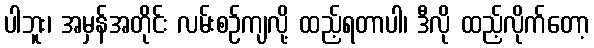
ပါဘူး၊ အမှန်အတိုင်း လမ်းစဉ်ကျလို့ ထည့်ရတာပါ၊ ဒီလို ထည့်လိုက်တော့